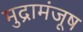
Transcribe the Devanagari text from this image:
मुद्रामंजूष